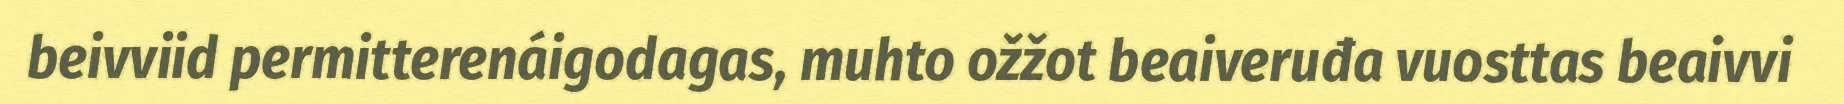
beivviid permitterenáigodagas, muhto ožžot beaiveruđa vuosttas beaivvi